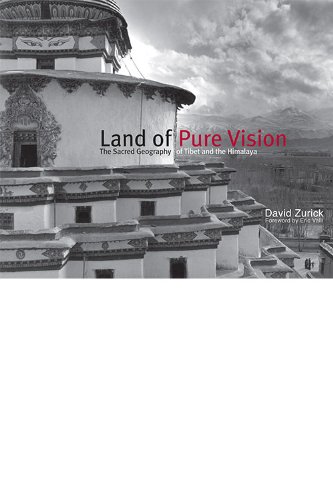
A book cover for Land of Pure Vision: The Sacred Geography of Tibet and the Himalaya; David Zurick; Travel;